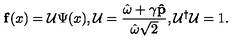
{ \bf f } ( x ) = { \cal U } \Psi ( x ) , { \cal U } = \frac { \hat { \omega } + \mathrm { \boldmath \gamma } { \bf \hat { p } } } { \hat { \omega } \sqrt { 2 } } , { \cal U } ^ { \dag } { \cal U } = 1 .